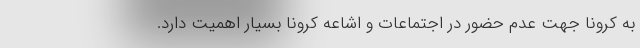
به کرونا جهت عدم حضور در اجتماعات و اشاعه کرونا بسیار اهمیت دارد.